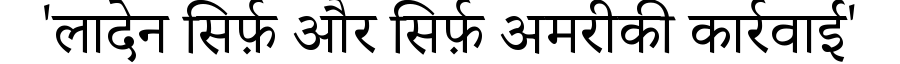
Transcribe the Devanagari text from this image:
'लादेन सिर्फ़ और सिर्फ़ अमरीकी कार्रवाई'